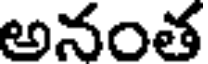
అనంత